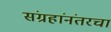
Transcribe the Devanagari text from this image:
संग्रहांनंतरचा